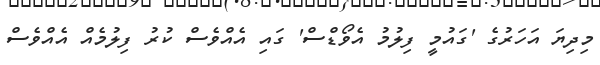
މިދިޔަ އަހަރުގެ 'ގައުމީ ފިލުމު އެވޯޑްސް' ގައި އެއްވެސް ކުރު ފިލުމެއް އެއްވެސް